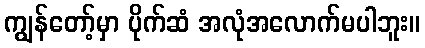
ကျွန်တော့်မှာ ပိုက်ဆံ အလုံအလောက်မပါဘူး။